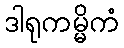
ဒါရုကမ္မိကံ